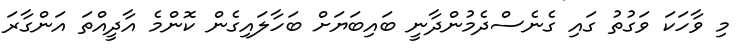
މި ވާހަކަ ވަގުތު ގައި ގެނެސްދެމުންދާނީ ބައިބަޔަށް ބަހާލައިގެން ކޮންމެ އާދީއްތަ އަންގާރަ